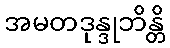
အမတဒုန္ဒုဘိန္တိ